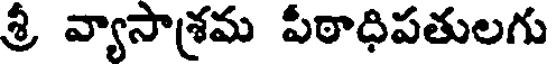
శ్రీ వ్యాసాశ్రమ పీఠాధిపతులగు